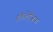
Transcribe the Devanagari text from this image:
एकेलेज़िया